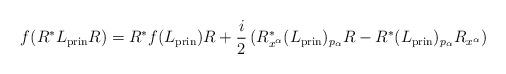
LaTeX: \begin{align*}f(R^*L_\mathrm{prin}R)=R^*f(L_\mathrm{prin})R+\frac i2\left(R^*_{x^\alpha}(L_\mathrm{prin})_{p_\alpha}R-R^*(L_\mathrm{prin})_{p_\alpha}R_{x^\alpha}\right)\end{align*}